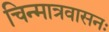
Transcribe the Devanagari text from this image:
चिन्मात्रवासनः